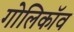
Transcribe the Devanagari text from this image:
गोलिकॉव